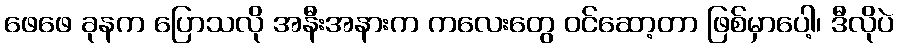
ဖေဖေ ခုနက ပြောသလို အနီးအနားက ကလေးတွေ ဝင်ဆော့တာ ဖြစ်မှာပေါ့၊ ဒီလိုပဲ